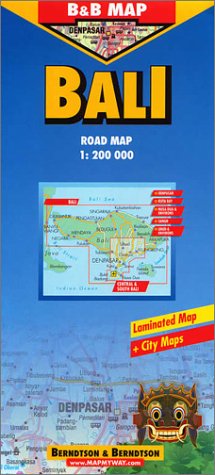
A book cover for B&B Bali Laminated Map; Berndtson; Travel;